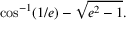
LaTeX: \cos ^ { - 1 } ( 1 / e ) - { \sqrt { e ^ { 2 } - 1 } } .